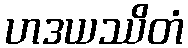
ဟဒယဿိတံ